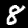
Label: 8